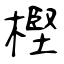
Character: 樫